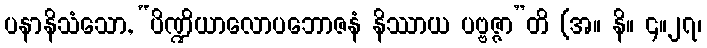
ပနာနိသံသော, “ပိဏ္ဍိယာလောပဘောဇနံ နိဿာယ ပဗ္ဗဇ္ဇာ”တိ (အ။ နိ။ ၄။၂၇၊